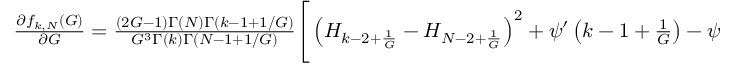
\begin{array} { r } { \frac { \partial f _ { k , N } ( G ) } { \partial G } = \frac { ( 2 G - 1 ) \Gamma ( N ) \Gamma \left( k - 1 + 1 / G \right) } { G ^ { 3 } \Gamma ( k ) \Gamma \left( N - 1 + 1 / G \right) } \Bigg [ \left( H _ { k - 2 + \frac { 1 } { G } } - H _ { N - 2 + \frac { 1 } { G } } \right) ^ { 2 } + \psi ^ { \prime } \left( k - 1 + \frac { 1 } { G } \right) - \psi ^ { \prime } \left( N - 1 + \frac { 1 } { G } \right) \Bigg ] , } \end{array}